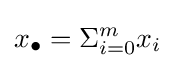
x_{\bullet }=\Sigma _{i=0}^{m}x_{i}